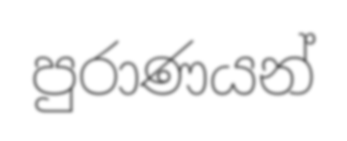
පුරාණයන්